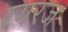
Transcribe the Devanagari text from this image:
रगरज